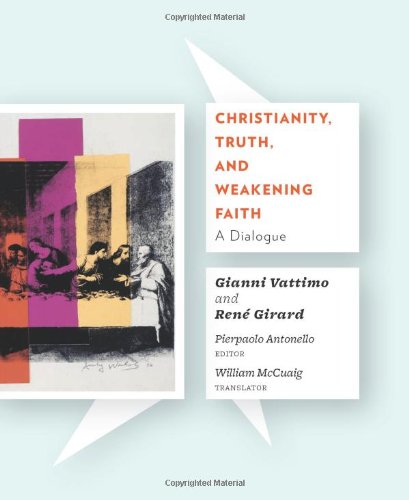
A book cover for Christianity, Truth, and Weakening Faith: A Dialogue; Gianni Vattimo; Christian Books & Bibles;